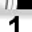
Digit: 1